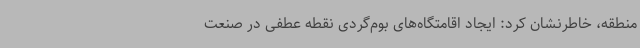
منطقه، خاطرنشان کرد: ایجاد اقامتگاه‌های بوم‌گردی نقطه عطفی در صنعت